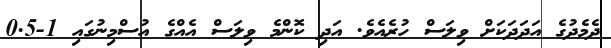
ދެމެދުގެ އަދަދަކަށް ވިލަސް ހުރެއެވެ. އަދި ކޮންމެ ވިލަސް އެއްގެ އުސްމިނުގައި 1-0.5